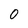
Character: 0